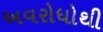
અવરોધોથી